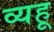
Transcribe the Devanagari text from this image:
व्यहू